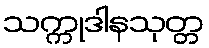
သက္ကုဒါနသုတ္တ